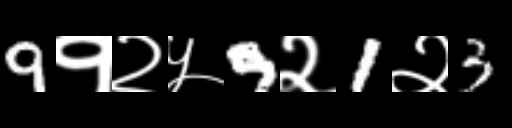
Text: 9१२५9२1२3